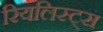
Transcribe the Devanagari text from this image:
रियलिस्ट्स